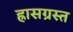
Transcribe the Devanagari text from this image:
ह्रासग्रस्त